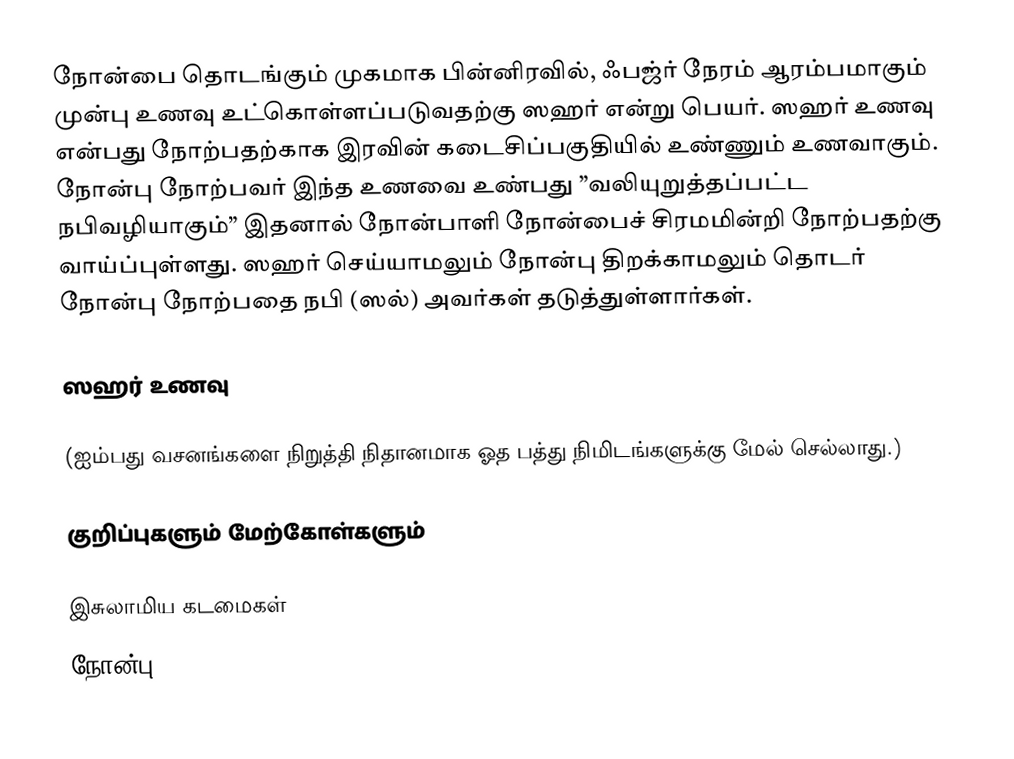
நோன்பை தொடங்கும் முகமாக பின்னிரவில், ஃபஜ்ர் நேரம் ஆரம்பமாகும் முன்பு உணவு உட்கொள்ளப்படுவதற்கு ஸஹர் என்று பெயர். ஸஹர் உணவு என்பது நோற்பதற்காக இரவின் கடைசிப்பகுதியில் உண்ணும் உணவாகும். நோன்பு நோற்பவர் இந்த உணவை உண்பது ”வலியுறுத்தப்பட்ட நபிவழியாகும்” இதனால் நோன்பாளி நோன்பைச் சிரமமின்றி நோற்பதற்கு வாய்ப்புள்ளது. ஸஹர் செய்யாமலும் நோன்பு திறக்காமலும் தொடர் நோன்பு நோற்பதை நபி (ஸல்) அவர்கள் தடுத்துள்ளார்கள்.

ஸஹர் உணவு

(ஐம்பது வசனங்களை நிறுத்தி நிதானமாக ஓத பத்து நிமிடங்களுக்கு மேல் செல்லாது.)

குறிப்புகளும் மேற்கோள்களும்

இசுலாமிய கடமைகள்
நோன்பு